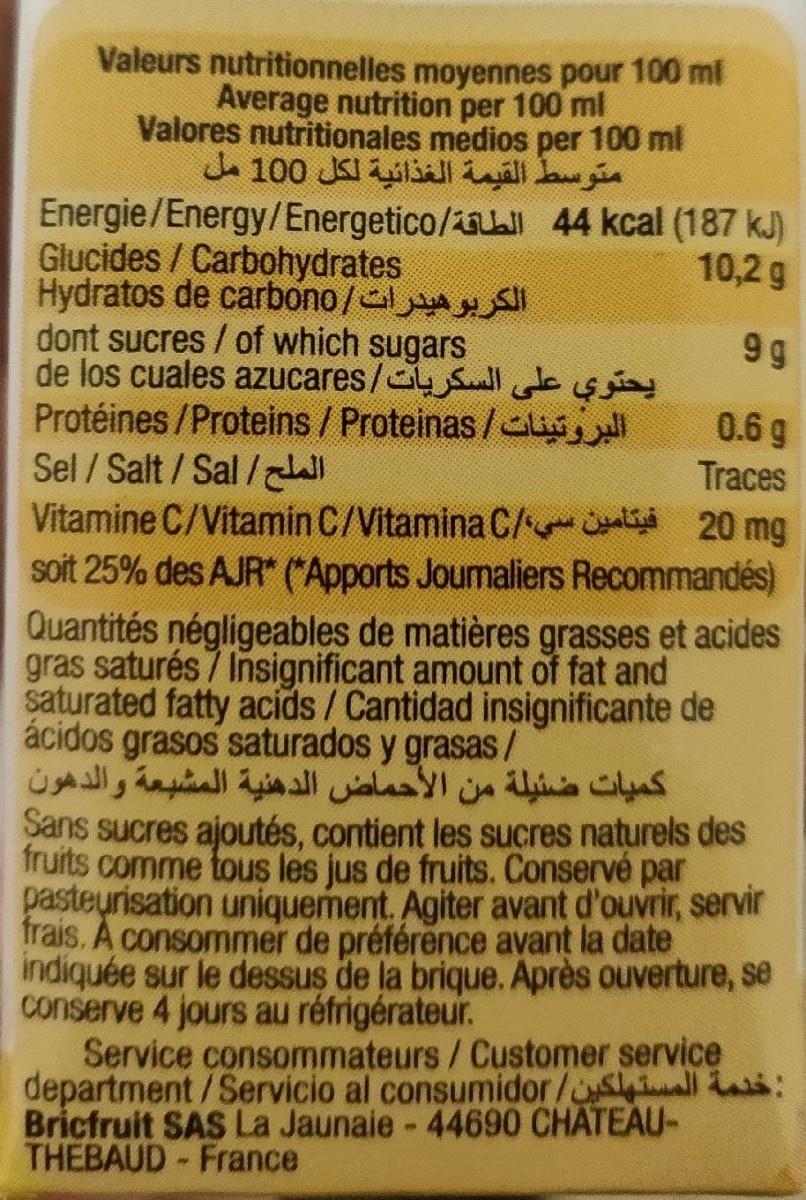
Valeurs nutritionnelles moyennes pour 100 ml
Average nutrition per 100 ml
Valores nutritionales medios per 100 ml
متوسط القيمة الغذائية لكل 0 10 مل
Energie/Energy/Energetico/2aall 44 kcal (187 kJ) Glucides / Carbohydrates Hydratos de carbono/lASl dont sucres / of which sugars de los cuales azucares/4 Sll e s Protéines /Proteins /Proteinas/liv Sel / Salt / Sal / Vitamine C/Vitamin C/Vitamina C/ li 20 mg
10,2 g
9 g
0.6 g
Traces
soit 25% des AJR* ("Apports Joumaliers Recommandés)
Quantités négligeables de matières grasses et acides gras saturés 7 Insignificant amount of fat and saturated fatty acids/Cantidad insignificante de ácidos grasos saturados y grasas / كميات ضئيلة من الأحماض الدهنية المشبعة والدهون Sans sucres ajoutés, contient les sucres naturels des fruits comme tous les jus de fruits. Conservé par pasteurisation uniquement. Agiter avant d'ouvrir, servir frais. A consommer de préférence avant la date indiquée sur le dessus de la brique. Après ouverture, se conserve 4 jours au réfrigérateur. Service consommateurs/Customer service department/Servicio al consumidor/sall s: Bricfruit SAS La Jaunaie- 44690 CHATEAU- THEBAUD France